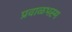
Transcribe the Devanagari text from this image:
प्रवाळभस्म